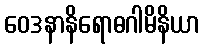
ဝေဒနာနိရောဓဂါမိနိယာ